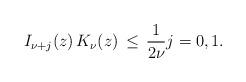
LaTeX: \begin{align*} I_{\nu+j}(z)\, K_\nu(z) & \, \leq \, \frac{1}{2\nu} j=0,1. \end{align*}